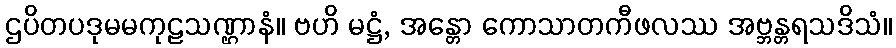
ဌပိတပဒုမမကုဠသဏ္ဌာနံ။ ဗဟိ မဋ္ဌံ, အန္တော ကောသာတကီဖလဿ အဗ္ဘန္တရသဒိသံ။